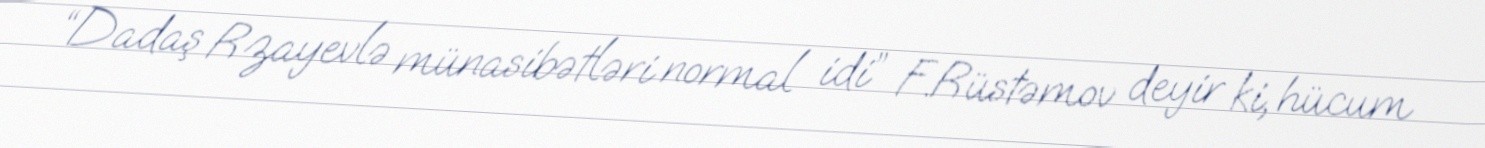
“Dadaş Rzayevlə münasibətləri normal idi” F.Rüstəmov deyir ki, hücum